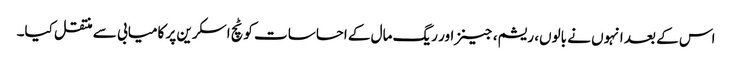
اس کے بعد انہوں نے بالوں، ریشم، جینز اور ریگ مال کے احساسات کو ٹچ اسکرین پر کامیابی سے منتقل کیا۔